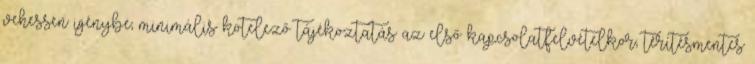
vehessen igénybe; minimális kötelező tájékoztatás az első kapcsolatfelvételkor; térítésmentes